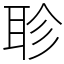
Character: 聄